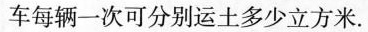
车每辆一次可分别运土多少立方米.